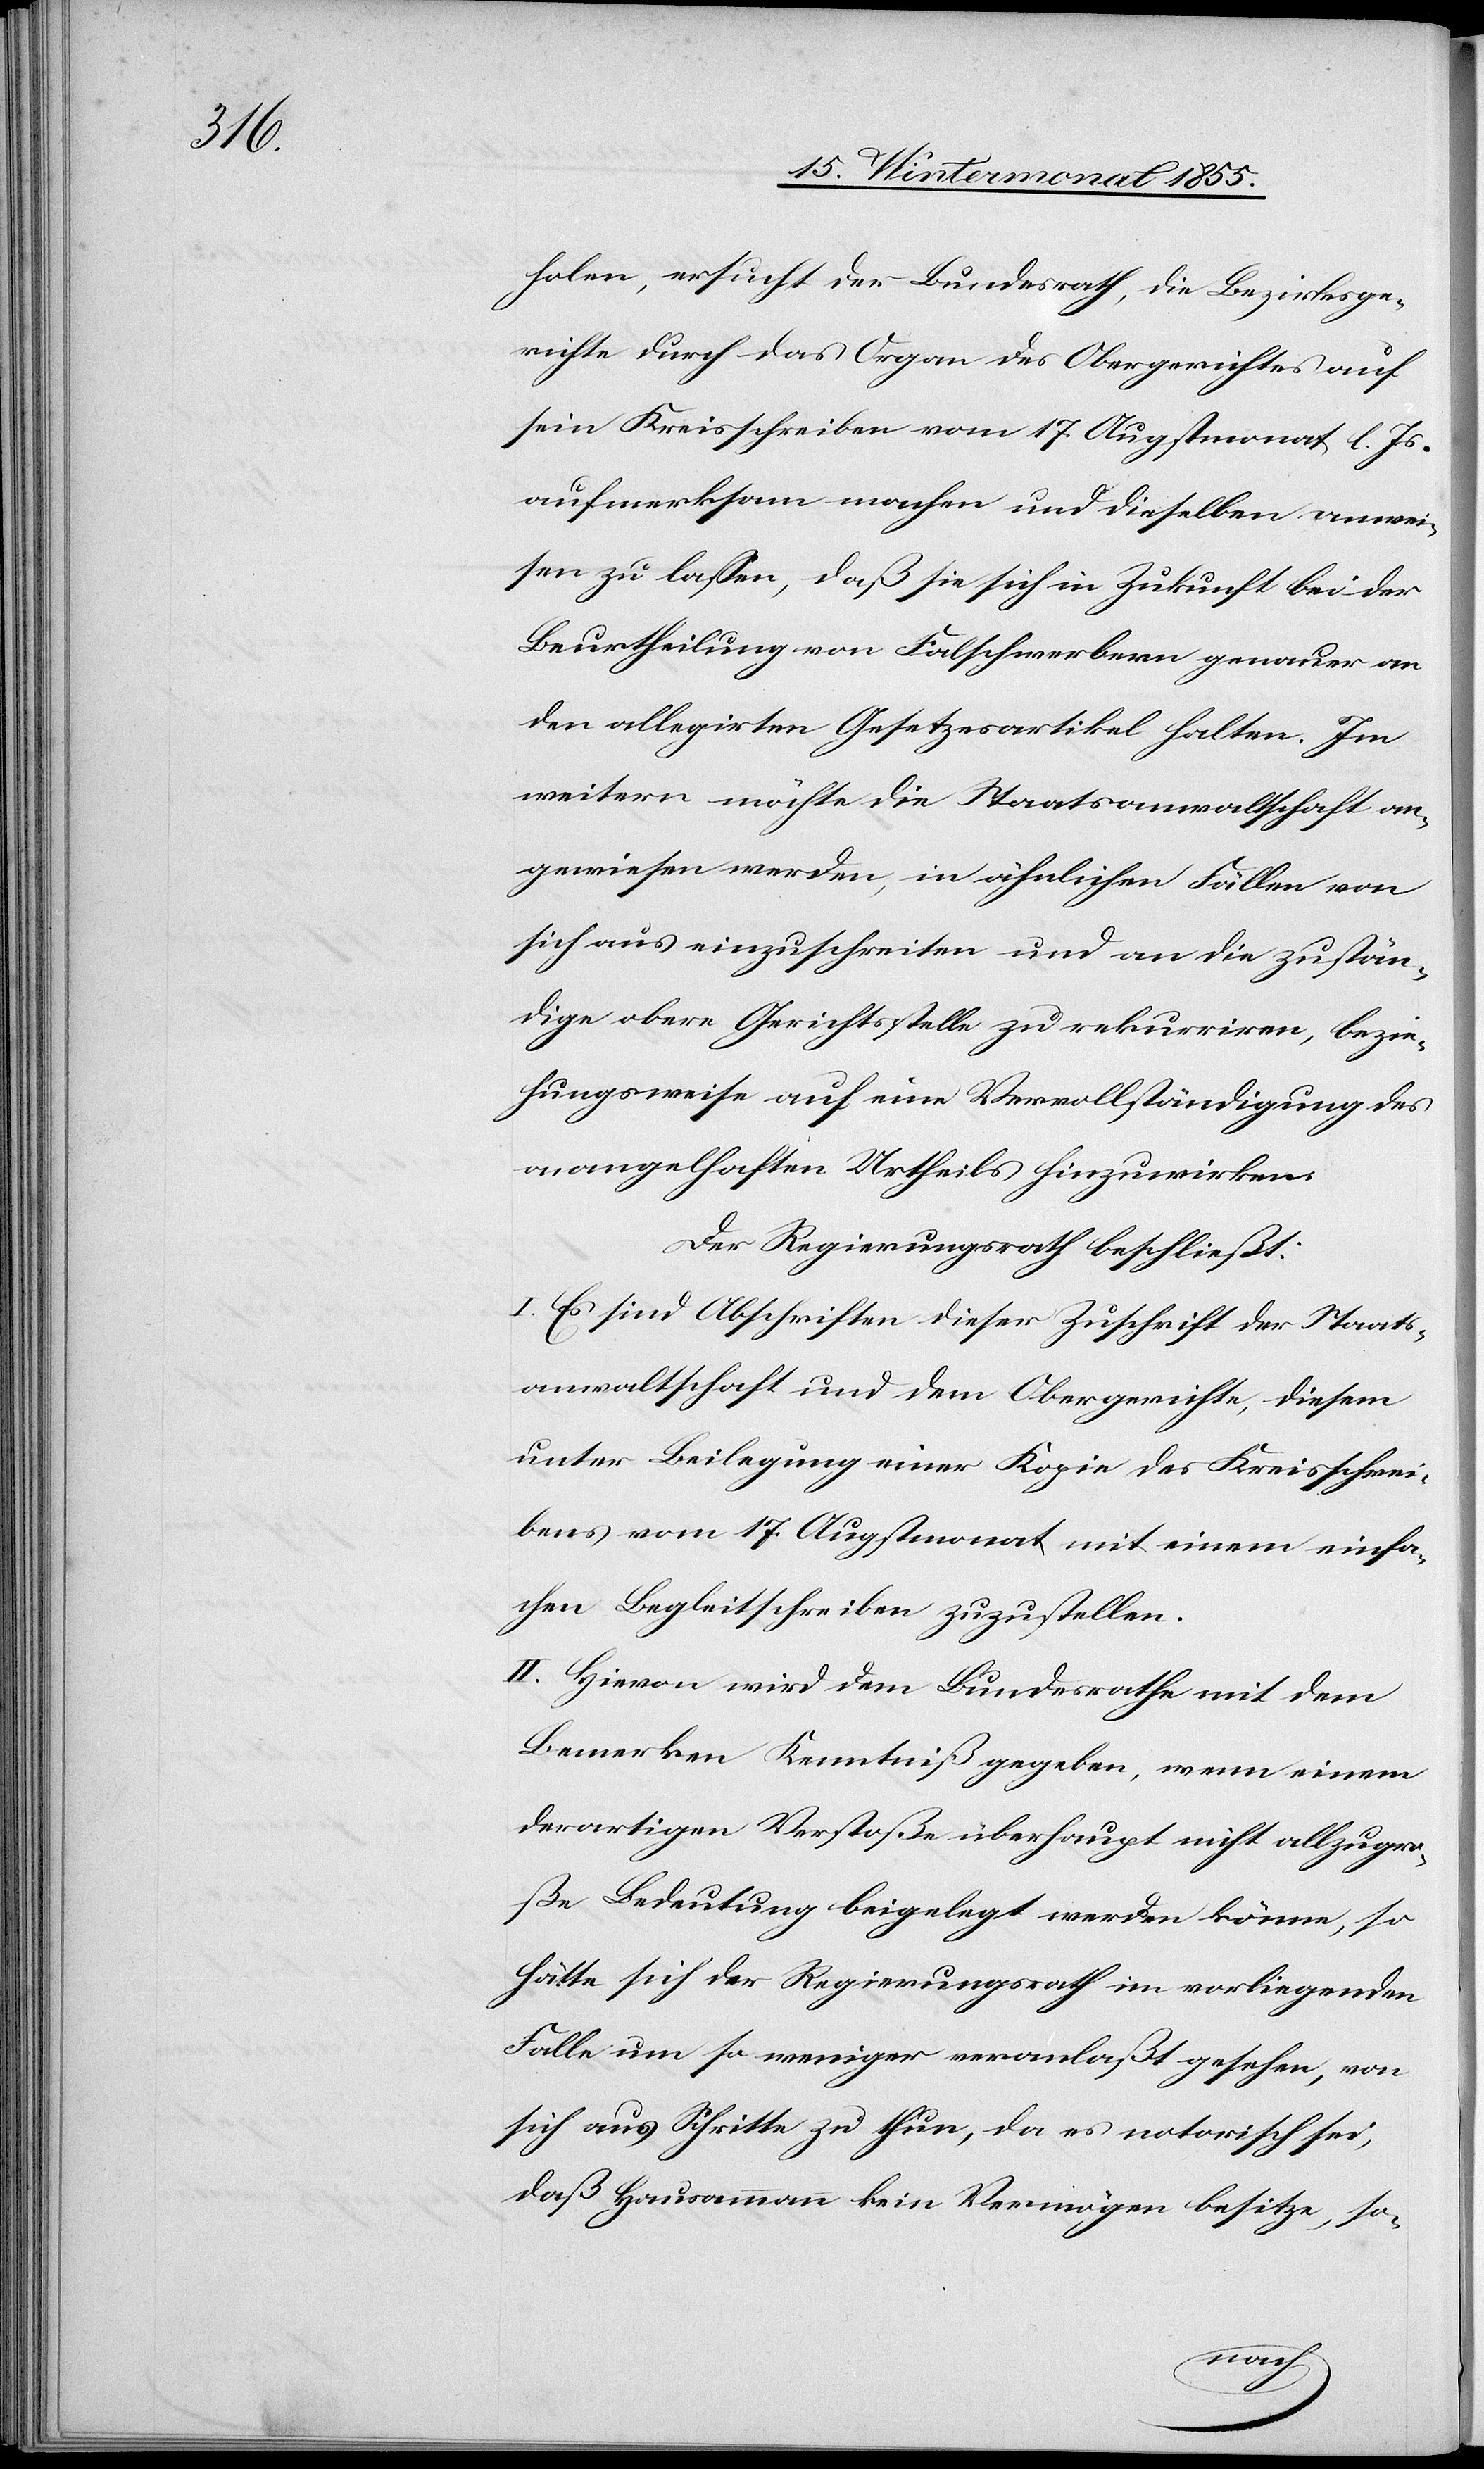
holen, ersucht der Bundesrath, die Bezirksge¬
richte durch das Organ des Obergerichtes auf
sein Kreisschreiben vom 17. Augstmonat l. Js.
aufmerksam machen und dieselben anwei¬
sen zu lassen, daß sie sich in Zukunft bei der
Beurtheilung von Falschwerbern genauer an
den allegirten Gesetzesartikel halten. Im
weitern möchte die Staatsanwaltschaft an¬
gewiesen werden, in ähnlichen Fällen von
sich aus einzuschreiten und an die zustän¬
dige obere Gerichtsstelle zu rekurriren, bezie¬
hungsweise auf eine Vervollständigung des
mangelhaften Urtheils hinzuwirken.
Der Regierungsrath beschließt:
I. Es sind Abschriften dieser Zuschrift der Staats¬
anwaltschaft und dem Obergerichte, diesem
unter Beilegung einer Kopie des Kreisschrei¬
bens vom 17. Augstmonat mit einem einfa¬
chen Begleitschreiben zuzustellen.
II. Hievon wird dem Bundesrathe mit dem
Bemerken Kenntniß gegeben, wenn einem
derartigen Verstoße überhaupt nicht allzugro¬
ße Bedeutung beigelegt werden könne, so
hätte sich der Regierungsrath im vorliegenden
Falle um so weniger veranlaßt gesehen, von
sich aus Schritte zu thun, da es notorisch sei,
daß Hausammann kein Vermögen besitze, so-